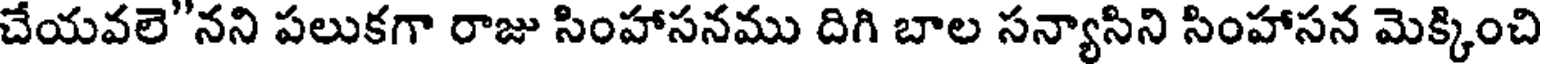
చేయవలె"నని పలుకగా రాజు సింహాసనము దిగి బాల సన్యాసిని సింహాసన మెక్కించి